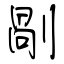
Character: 剮